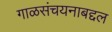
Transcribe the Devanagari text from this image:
गाळसंचयनाबद्दल